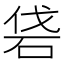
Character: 𥑼